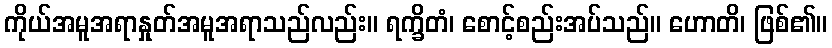
ကိုယ်အမူအရာနှုတ်အမူအရာသည်လည်း။ ရက္ခိတံ၊ စောင့်စည်းအပ်သည်။ ဟောတိ၊ ဖြစ်၏။